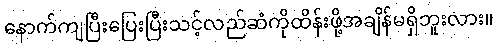
နောက်ကျပြီးပြေးပြီးသင့်လည်ဆံကိုထိန်းဖို့အချိန်မရှိဘူးလား။